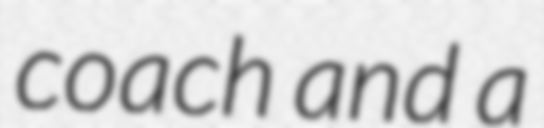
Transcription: coach and a